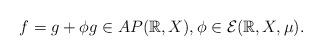
LaTeX: \begin{align*}f = g+\phi g\in AP(\mathbb{R},X) , \phi\in\mathcal{E}(\mathbb{R},X,\mu).\end{align*}